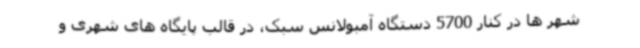
شهر ها در کنار 5700 دستگاه آمبولانس سبک، در قالب پایگاه های شهری و